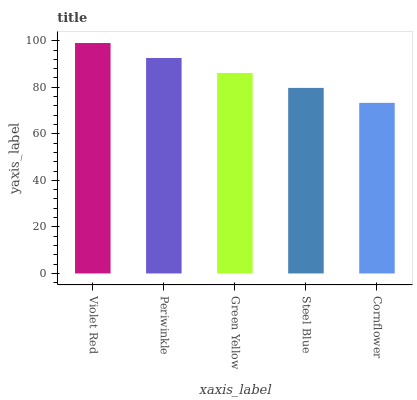
| xaxis_label | bars |
 | --- | --- |
 | Violet Red | 99 |
 | Periwinkle | 92.6 |
 | Green Yellow | 86.1 |
 | Steel Blue | 79.7 |
 | Cornflower | 73.3 |